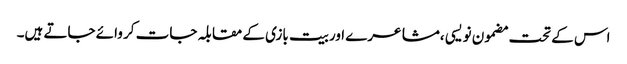
اس کے تحت مضمون نویسی ،مشاعرے اوربیت بازی کے مقابلہ جات کر وائے جاتے ہیں۔